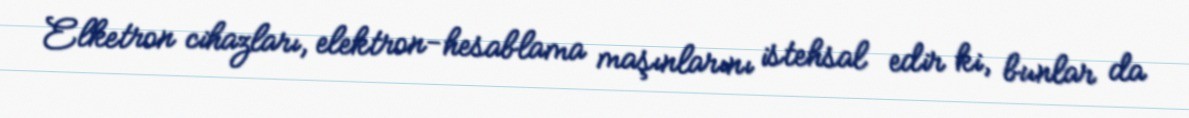
Elketron cihazları, elektron-hesablama maşınlarını istehsal edir ki, bunlar da